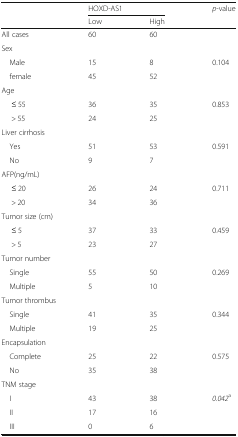
<table><thead><tr><td rowspan="2"></td><td colspan="2"><b>HOXD-AS1</b></td><td rowspan="2"><b><i>p</i>-value</b></td></tr><tr><td><b>Low</b></td><td><b>High</b></td></tr></thead><tbody><tr><td>All cases</td><td>60</td><td>60</td><td></td></tr><tr><td colspan="4">Sex</td></tr><tr><td> Male</td><td>15</td><td>8</td><td rowspan="2">0.104</td></tr><tr><td> female</td><td>45</td><td>52</td></tr><tr><td colspan="4">Age</td></tr><tr><td>≤ 55</td><td>36</td><td>35</td><td rowspan="2">0.853</td></tr><tr><td>&gt; 55</td><td>24</td><td>25</td></tr><tr><td colspan="4">Liver cirrhosis</td></tr><tr><td> Yes</td><td>51</td><td>53</td><td rowspan="2">0.591</td></tr><tr><td> No</td><td>9</td><td>7</td></tr><tr><td colspan="4">AFP(ng/mL)</td></tr><tr><td>≤ 20</td><td>26</td><td>24</td><td rowspan="2">0.711</td></tr><tr><td>&gt; 20</td><td>34</td><td>36</td></tr><tr><td colspan="4">Tumor size (cm)</td></tr><tr><td>≤ 5</td><td>37</td><td>33</td><td rowspan="2">0.459</td></tr><tr><td>&gt; 5</td><td>23</td><td>27</td></tr><tr><td colspan="4">Tumor number</td></tr><tr><td> Single</td><td>55</td><td>50</td><td rowspan="2">0.269</td></tr><tr><td> Multiple</td><td>5</td><td>10</td></tr><tr><td colspan="4">Tumor thrombus</td></tr><tr><td> Single</td><td>41</td><td>35</td><td rowspan="2">0.344</td></tr><tr><td> Multiple</td><td>19</td><td>25</td></tr><tr><td colspan="4">Encapsulation</td></tr><tr><td> Complete</td><td>25</td><td>22</td><td rowspan="2">0.575</td></tr><tr><td> No</td><td>35</td><td>38</td></tr><tr><td colspan="4">TNM stage</td></tr><tr><td> I</td><td>43</td><td>38</td><td rowspan="3"><i>0.042</i><sup>a</sup></td></tr><tr><td> II</td><td>17</td><td>16</td></tr><tr><td> III</td><td>0</td><td>6</td></tr></tbody></table>